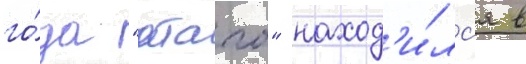
го́да "атаго" наход'и́лс'я в